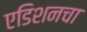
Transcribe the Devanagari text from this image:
एडिशनचा